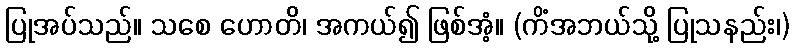
ပြုအပ်သည်။ သစေ ဟောတိ၊ အကယ်၍ ဖြစ်အံ့။ (ကိံအဘယ်သို့ ပြုသနည်း၊)